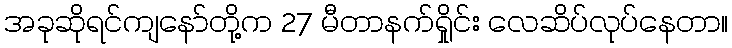
အခုဆိုရင်ကျနော်တို့က 27 မီတာနက်ရှိုင်း လေဆိပ်လုပ်နေတာ။